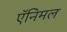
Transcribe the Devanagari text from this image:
ऍनिमल